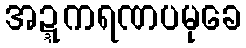
အဍ္ဍကရဏပမုခေ